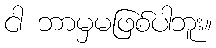
ငါ ဘာမှမဖြစ်ပါဘူး။